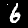
Digit: 6